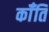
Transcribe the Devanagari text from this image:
कॉँति